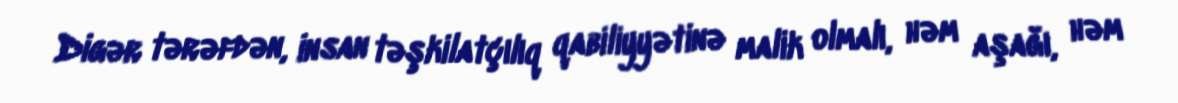
Digər tərəfdən, insan təşkilatçılıq qabiliyyətinə malik olmalı, həm aşağı, həm